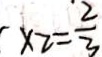
x _ { 2 } = \frac { 2 } { 3 }